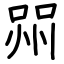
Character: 喌